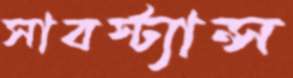
সাবস্ট্যান্স